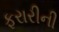
ફરારીની